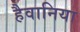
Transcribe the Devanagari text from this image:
हैवानिया